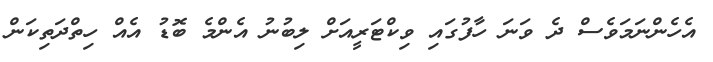
އެހެންނަމަވެސް ދެ ވަނަ ހާފުގައި ވިކްޓަރީއަށް ލިބުނު އެންމެ ބޮޑު އެއް ހިތްދަތިކަން